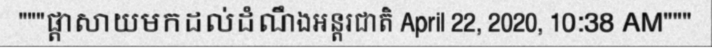
"""ផ្តាសាយមកដល់ដំណឹងអន្តរជាតិ April 22, 2020, 10:38 AM"""